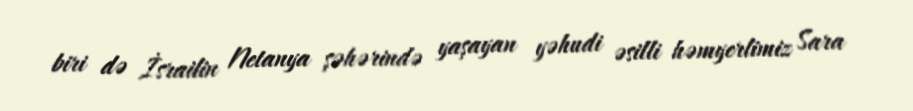
biri də İsrailin Netanya şəhərində yaşayan yəhudi əsilli həmyerlimiz Sara